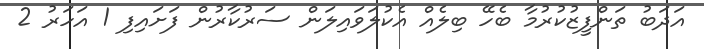
އަދަބު ތަންފީޒުކުރުމާ ބެހޭ ބިލެއް އެކުލަވައިލަން ސަރުކާރުން ފަށައިފި 1 އަހަރު 2